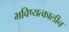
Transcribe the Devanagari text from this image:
भविष्यत्कालीन